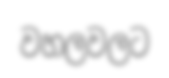
වහලවලට